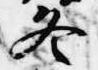
冬